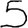
Digit: 5